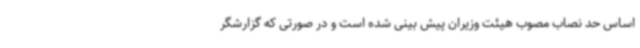
اساس حد نصاب مصوب هیئت وزیران پیش بینی شده است و در صورتی که گزارشگر